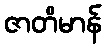
ဇာတိမာန်